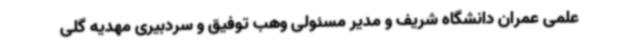
علمی عمران دانشگاه شریف و مدیر مسئولی وهب توفیق و سردبیری مهدیه گلی